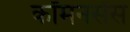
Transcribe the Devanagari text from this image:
कॉमनसेंस